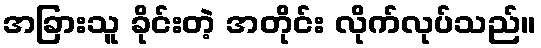
အခြားသူ ခိုင်းတဲ့ အတိုင်း လိုက်လုပ်သည်။